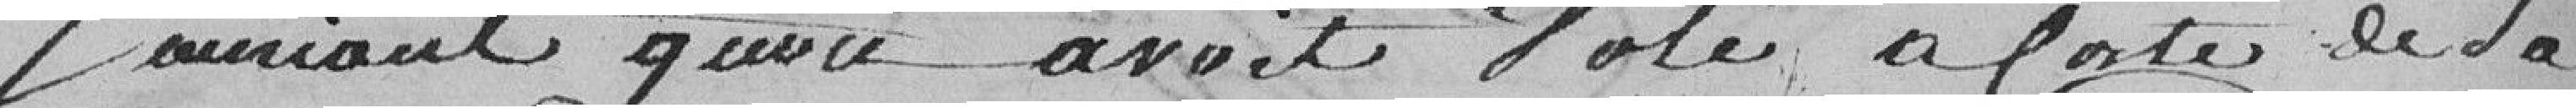
souriant qu'on avoit voté à coté de la